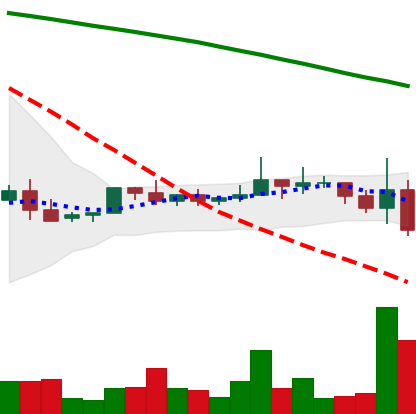
Ticker: NEO-USD
Chart end date: 2022-06-13
Forward return: -13.143%
Label: down_7plus